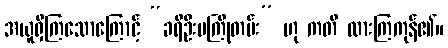
အယူရှိကြသောကြောင့် “ခရီဦးမကြိုတမ်း” ဟု ကတိ ထားကြကုန်၏။